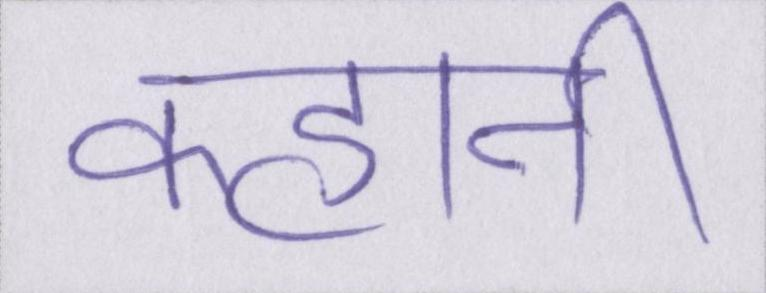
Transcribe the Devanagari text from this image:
कहानी